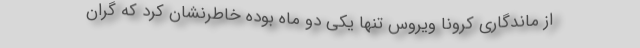
از ماندگاری کرونا ویروس تنها یکی دو ماه بوده خاطرنشان کرد که گران